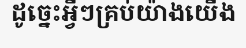
ដូច្នេះអ្វីៗគ្រប់យ៉ាងយើង